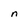
Character: n